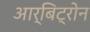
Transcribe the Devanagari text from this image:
आर्बिट्रोन